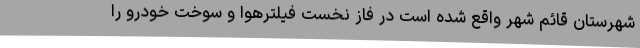
شهرستان قائم شهر واقع شده است در فاز نخست فیلترهوا و سوخت خودرو را